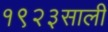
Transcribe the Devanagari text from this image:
१९२३साली